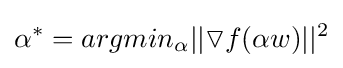
\alpha ^{*}=argmin_{\alpha }||\triangledown f(\alpha w)||^{2}